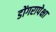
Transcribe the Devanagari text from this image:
डोंगरापेक्षा